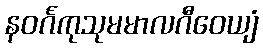
နဝင်္ဂကုသုမမာလဂီဝေယျံ